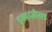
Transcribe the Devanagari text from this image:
इरुवाज़ीनाड